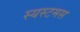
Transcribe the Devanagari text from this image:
स्यस्टमस